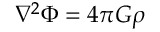
\nabla ^ { 2 } \Phi = 4 \pi G \rho